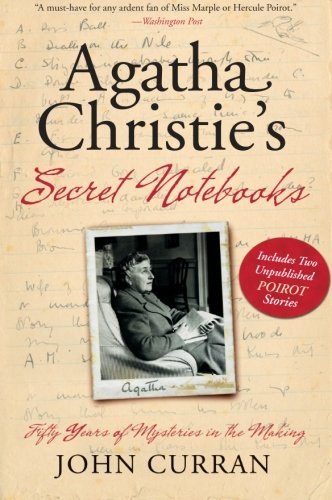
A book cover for Agatha Christie's Secret Notebooks: Fifty Years of Mysteries in the Making; John Curran; Mystery, Thriller & Suspense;